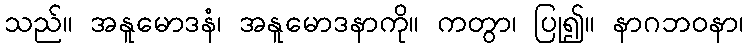
သည်။ အနူမောဒနံ၊ အနူမောဒနာကို။ ကတွာ၊ ပြု၍။ နာဂဘဝနာ၊